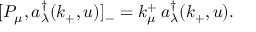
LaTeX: [ P _ { \mu } , a _ { \lambda } ^ { \dagger } ( k _ { + } , u ) ] _ { - } = k _ { \mu } ^ { + } \, a _ { \lambda } ^ { \dagger } ( k _ { + } , u ) .